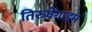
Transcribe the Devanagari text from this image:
तिरुवेंगाडम